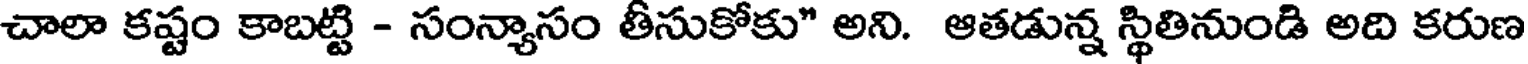
చాలా కష్టం కాబట్టి - సంన్యాసం తీసుకోకు" అని. ఆతడున్న స్థితినుండి అది కరుణ